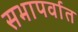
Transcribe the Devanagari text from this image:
सभापर्वात